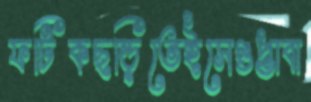
ফটিকছড়িতেইসেগুপ্তাবা